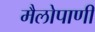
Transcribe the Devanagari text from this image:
मैलोपाणी